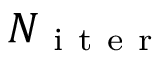
N _ { \mathrm { ~ i ~ t ~ e ~ r ~ } }